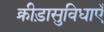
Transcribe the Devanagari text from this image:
क्रीड़ासुविधाएँ